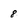
Character: 8